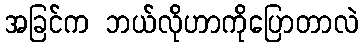
အခြင်က ဘယ်လိုဟာကိုပြောတာလဲ